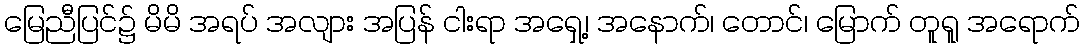
မြေညီပြင်၌ မိမိ အရပ် အလျား အပြန် ငါးရာ အရှေ့၊ အနောက်၊ တောင်၊ မြောက် တူရူ အရောက်